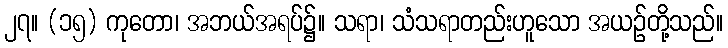
၂၇။ (၁၅) ကုတော၊ အဘယ်အရပ်၌။ သရာ၊ သံသရာတည်းဟူသော အယဉ်တို့သည်။